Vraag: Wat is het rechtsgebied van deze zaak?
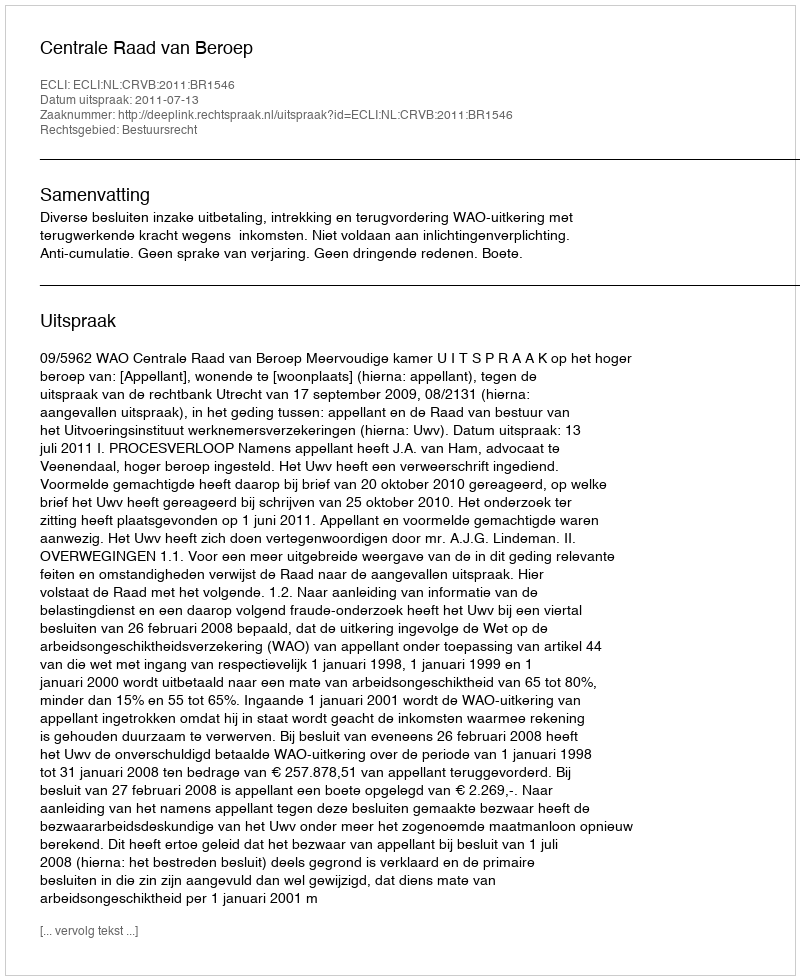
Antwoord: Bestuursrecht